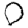
Digit: 0